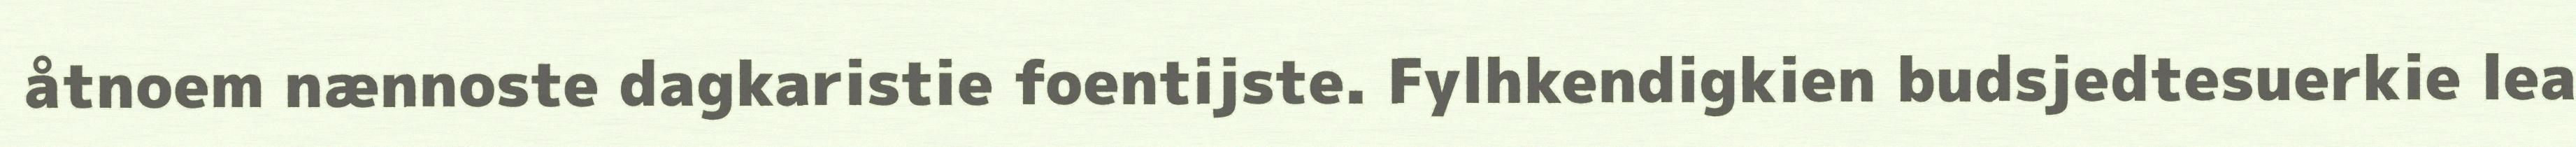
åtnoem nænnoste dagkaristie foentijste. Fylhkendigkien budsjedtesuerkie lea